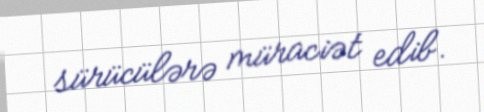
sürücülərə müraciət edib.